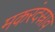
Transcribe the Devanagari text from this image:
मकरंदस्राव